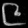
Digit: ၉